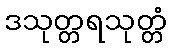
ဒသုတ္တရသုတ္တံ